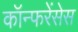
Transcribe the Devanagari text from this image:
कॉन्फरेंसेस